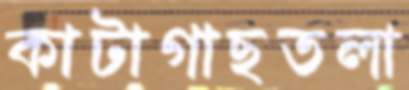
কাটাগাছতলা